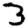
Digit: 3